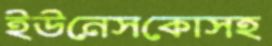
ইউনেসকোসহ